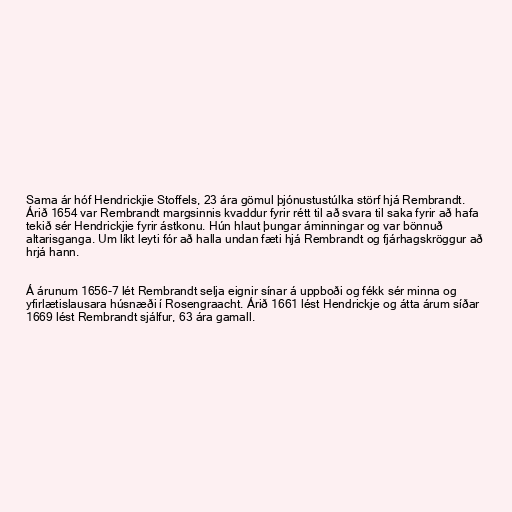
Sama ár hóf Hendrickjie Stoffels, 23 ára gömul þjónustustúlka störf hjá Rembrandt.
Árið 1654 var Rembrandt margsinnis kvaddur fyrir rétt til að svara til saka fyrir að hafa
tekið sér Hendrickjie fyrir ástkonu. Hún hlaut þungar áminningar og var bönnuð
altarisganga. Um líkt leyti fór að halla undan fæti hjá Rembrandt og fjárhagskröggur að
hrjá hann.

Á árunum 1656-7 lét Rembrandt selja eignir sínar á uppboði og fékk sér minna og
yfirlætislausara húsnæði í Rosengraacht. Árið 1661 lést Hendrickje og átta árum síðar
1669 lést Rembrandt sjálfur, 63 ára gamall.